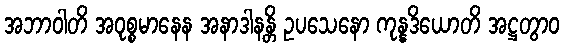
အဘာဝါတိ အဝုစ္စမာနေန အနာဒါနန္တိ ဥပသေနော ကုန္နဒိယောတိ အဋ္ဌတွာဝ